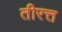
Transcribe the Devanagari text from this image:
तीरत्त